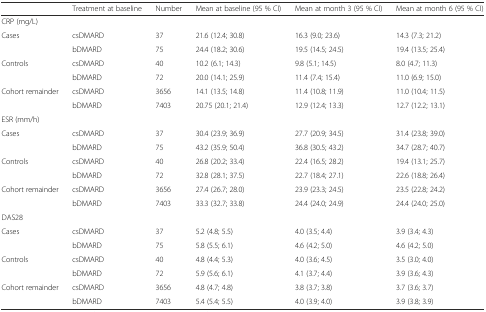
<table><thead><tr><td></td><td><b>Treatment at baseline</b></td><td><b>Number</b></td><td><b>Mean at baseline (95 % CI)</b></td><td><b>Mean at month 3 (95 % CI)</b></td><td><b>Mean at month 6 (95 % CI)</b></td></tr></thead><tbody><tr><td colspan="6">CRP (mg/L)</td></tr><tr><td rowspan="2">Cases</td><td>csDMARD</td><td>37</td><td>21.6 (12.4; 30.8)</td><td>16.3 (9.0; 23.6)</td><td>14.3 (7.3; 21.2)</td></tr><tr><td>bDMARD</td><td>75</td><td>24.4 (18.2; 30.6)</td><td>19.5 (14.5; 24.5)</td><td>19.4 (13.5; 25.4)</td></tr><tr><td rowspan="2">Controls</td><td>csDMARD</td><td>40</td><td>10.2 (6.1; 14.3)</td><td>9.8 (5.1; 14.5)</td><td>8.0 (4.7; 11.3)</td></tr><tr><td>bDMARD</td><td>72</td><td>20.0 (14.1; 25.9)</td><td>11.4 (7.4; 15.4)</td><td>11.0 (6.9; 15.0)</td></tr><tr><td rowspan="2">Cohort remainder</td><td>csDMARD</td><td>3656</td><td>14.1 (13.5; 14.8)</td><td>11.4 (10.8; 11.9)</td><td>11.0 (10.4; 11.5)</td></tr><tr><td>bDMARD</td><td>7403</td><td>20.75 (20.1; 21.4)</td><td>12.9 (12.4; 13.3)</td><td>12.7 (12.2; 13.1)</td></tr><tr><td colspan="6">ESR (mm/h)</td></tr><tr><td rowspan="2">Cases</td><td>csDMARD</td><td>37</td><td>30.4 (23.9; 36.9)</td><td>27.7 (20.9; 34.5)</td><td>31.4 (23.8; 39.0)</td></tr><tr><td>bDMARD</td><td>75</td><td>43.2 (35.9; 50.4)</td><td>36.8 (30.5; 43.2)</td><td>34.7 (28.7; 40.7)</td></tr><tr><td rowspan="2">Controls</td><td>csDMARD</td><td>40</td><td>26.8 (20.2; 33.4)</td><td>22.4 (16.5; 28.2)</td><td>19.4 (13.1; 25.7)</td></tr><tr><td>bDMARD</td><td>72</td><td>32.8 (28.1; 37.5)</td><td>22.7 (18.4; 27.1)</td><td>22.6 (18.8; 26.4)</td></tr><tr><td rowspan="2">Cohort remainder</td><td>csDMARD</td><td>3656</td><td>27.4 (26.7; 28.0)</td><td>23.9 (23.3; 24.5)</td><td>23.5 (22.8; 24.2)</td></tr><tr><td>bDMARD</td><td>7403</td><td>33.3 (32.7; 33.8)</td><td>24.4 (24.0; 24.9)</td><td>24.4 (24.0; 25.0)</td></tr><tr><td>DAS28</td><td></td><td></td><td></td><td></td><td></td></tr><tr><td rowspan="2">Cases</td><td>csDMARD</td><td>37</td><td>5.2 (4.8; 5.5)</td><td>4.0 (3.5; 4.4)</td><td>3.9 (3.4; 4.3)</td></tr><tr><td>bDMARD</td><td>75</td><td>5.8 (5.5; 6.1)</td><td>4.6 (4.2; 5.0)</td><td>4.6 (4.2; 5.0)</td></tr><tr><td rowspan="2">Controls</td><td>csDMARD</td><td>40</td><td>4.8 (4.4; 5.3)</td><td>4.0 (3.6; 4.5)</td><td>3.5 (3.0; 4.0)</td></tr><tr><td>bDMARD</td><td>72</td><td>5.9 (5.6; 6.1)</td><td>4.1 (3.7; 4.4)</td><td>3.9 (3.6; 4.3)</td></tr><tr><td rowspan="2">Cohort remainder</td><td>csDMARD</td><td>3656</td><td>4.8 (4.7; 4.8)</td><td>3.8 (3.7; 3.8)</td><td>3.7 (3.6; 3.7)</td></tr><tr><td>bDMARD</td><td>7403</td><td>5.4 (5.4; 5.5)</td><td>4.0 (3.9; 4.0)</td><td>3.9 (3.8; 3.9)</td></tr></tbody></table>